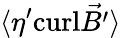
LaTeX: \langle\eta^{\prime}\mathrm{curl}\vec{B^{\prime}}\rangle